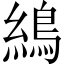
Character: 𦄋